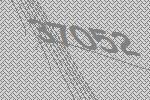
37052